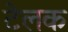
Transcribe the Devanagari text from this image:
टेलक